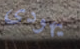
يهودى